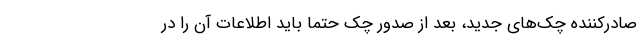
صادرکننده چک‌های جدید، بعد از صدور چک حتماً باید اطلاعات آن را در